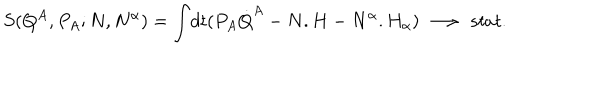
LaTeX: S ( Q ^ { A } , P _ { A } ; N , N ^ { \alpha } ) = { \int } d t ( P _ { A } { \dot { Q } } ^ { A } - N . H - N ^ { \alpha } . H _ { \alpha } ) \ \longrightarrow \ s t a t .